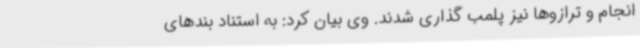
انجام و ترازوها نیز پلمب گذاری شدند. وی بیان کرد: به استناد بندهای